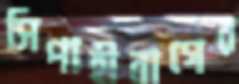
সিপাহীবাগের